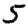
Digit: 5